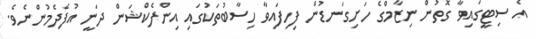
އެ ސިޓީގައިވާ ގޮތުން ނިޒާމްގެ ހަށިގަނޑުން ފިހިފައިވާ ހިސާބުތަކުގައި އިންފެކްޝަން ދަނީ އުފެދެމުންނެވެ.